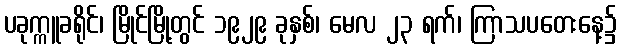
ပခုက္ကူခရိုင်၊ မြိုင်မြို့တွင် ၁၉၂၉ ခုနှစ်၊ မေလ ၂၃ ရက်၊ ကြာသပတေးနေ့၌